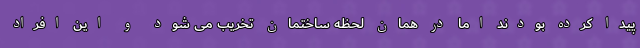
پیدا کرده بودند اما در همان لحظه ساختمان تخریب می شود و این افراد